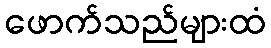
ဖောက်သည်များထံ